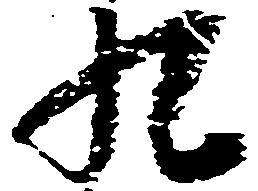
九